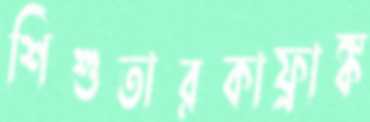
শিশুতারকাফ্রাঙ্ক